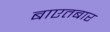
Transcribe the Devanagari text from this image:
बाएतबार